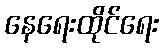
နေရေးထိုင်ရေး